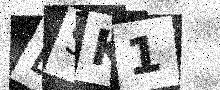
Text: DSK1